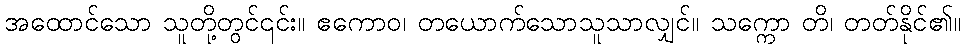
အထောင်သော သူတို့တွင်၎င်း။ ဧကောဝ၊ တယောက်သောသူသာလျှင်။ သက္ကော တိ၊ တတ်နိုင်၏။